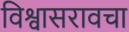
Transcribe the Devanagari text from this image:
विश्वासरावचा